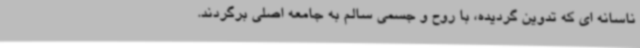
ناسانه ای که تدوین گردیده، با روح و جسمی سالم به جامعه اصلی برگردند.